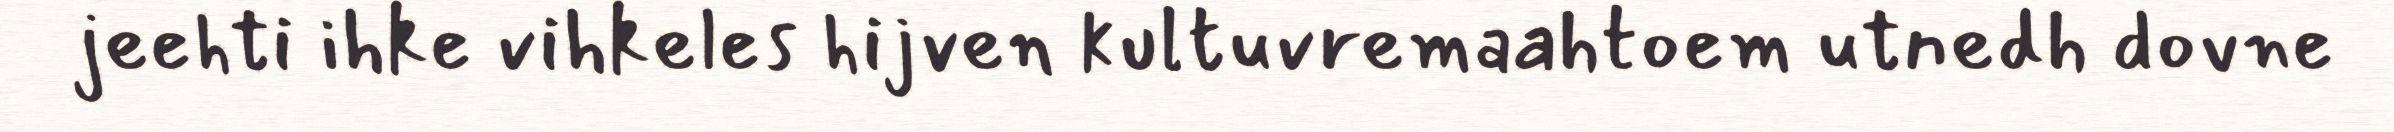
jeehti ihke vihkeles hijven kultuvremaahtoem utnedh dovne